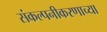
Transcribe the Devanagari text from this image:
संकल्पनीकरणाच्या